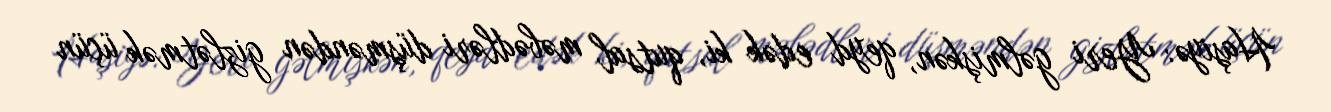
Haşiyə: Yeri gəlmişkən, qeyd edək ki, qutsal məbədləri düşməndən gizlətmək üçün